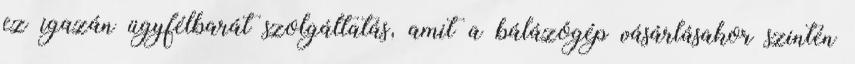
ez igazán ügyfélbarát szolgáltatás, amit a bálázógép vásárlásakor szintén